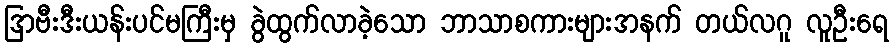
ဒြာဗီးဒီးယန်းပင်မကြီးမှ ခွဲထွက်လာခဲ့သော ဘာသာစကားများအနက် တယ်လဂူ လူဦးရေ